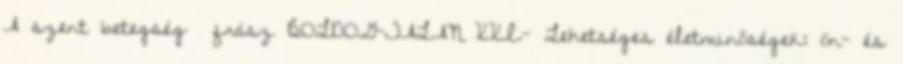
A szent betegség frász BOLDOG-TALAN XXI.- Lehetséges életminőségek: ön- és